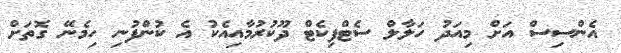
އެންސިސް އަށް މިއަދު ހަލާލް ސެޓްފިކެޓް ދޫކުރުމާއިއެކު އެ ކުންފުނި ހިމެނޭ ގޮތަށް